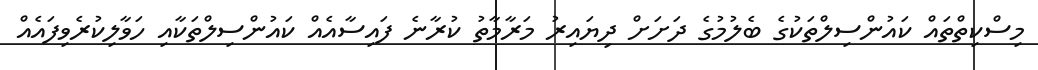
މިސްކިތްތައް ކައުންސިލްތަކުގެ ބެލުމުގެ ދަށަށް ދިޔައިރު މަރާމާތު ކުރާނެ ފައިސާއެއް ކައުންސިލްތަކާއި ހަވާލިކުރެވިފައެއް